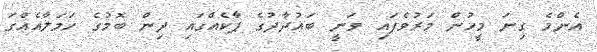
އެންމެ ގިނަ މީހުން މަރުވެފައި ވަނީ ބަޣުދާދުގެ ޕާކެއްގައި ދިން ބޮމުގެ ހަމަލާއެއްގަ